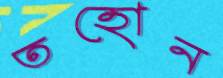
তহোন